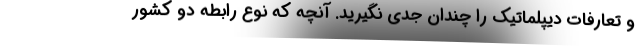
و تعارفات دیپلماتیک را چندان جدی نگیرید. آنچه که نوع رابطه دو کشور